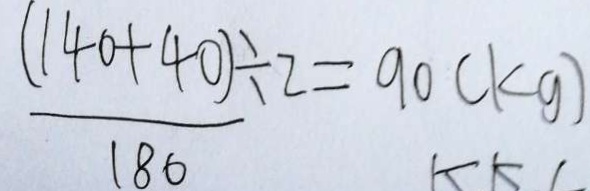
\frac { ( 1 4 0 + 4 0 ) } { 1 8 0 } \div 2 = 9 0 ( k g )